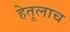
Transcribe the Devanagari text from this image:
हेतूलाच